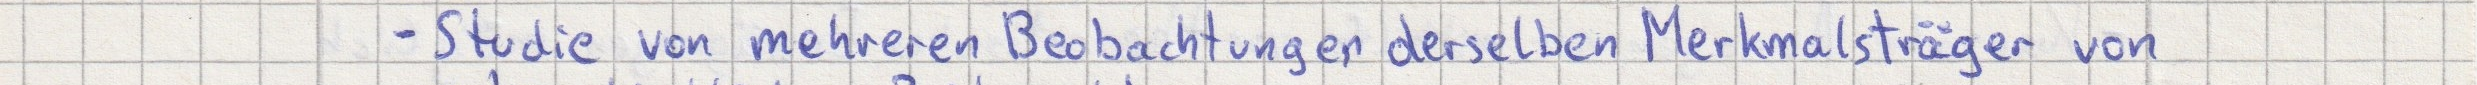
- Studie von mehreren Beobachtungen derselben Merkmalsträger von